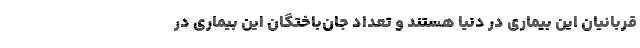
قربانیان این بیماری در دنیا هستند و تعداد جان‌باختگان این بیماری در